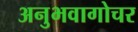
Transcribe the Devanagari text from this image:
अनुभवागोचर